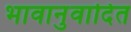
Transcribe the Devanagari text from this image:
भावानुवादित